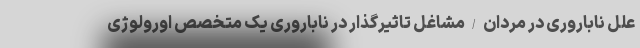
علل ناباروری در مردان/مشاغل تاثیرگذار در ناباروری یک متخصص اورولوژی